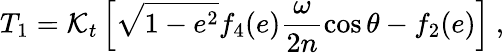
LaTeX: T_{1}={\cal K}_{t}\left[\sqrt{1-e^{2}}f_{4}(e)\frac{\omega}{2n}\cos\theta-f_{2}(e)\right]\ ,